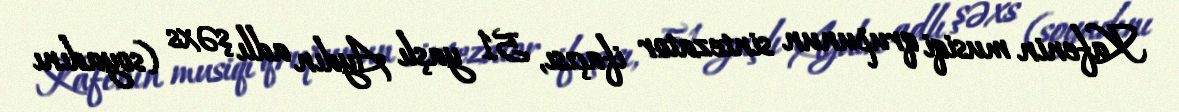
Kafenin musiqi qrupunun sintezator ifaçısı, 51 yaşlı Aydın adlı şəxs (soyadını